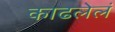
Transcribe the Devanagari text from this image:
काढलेलं